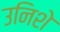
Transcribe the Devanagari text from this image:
उनिशे